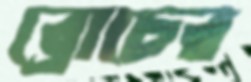
ব্রোচের